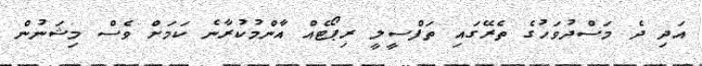
އަދި ދެ މަސްދުވަހުގެ ތެރޭގައި ތަފްސީލީ ރިޕޯޓެއް އާންމުކުރާނެ ކަމަށް ވެސް މިޝަނުން